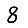
Digit: 8